Lunatic asylums in Bengal annual reports 1912-1924 - 1912-1924
Year: 1912
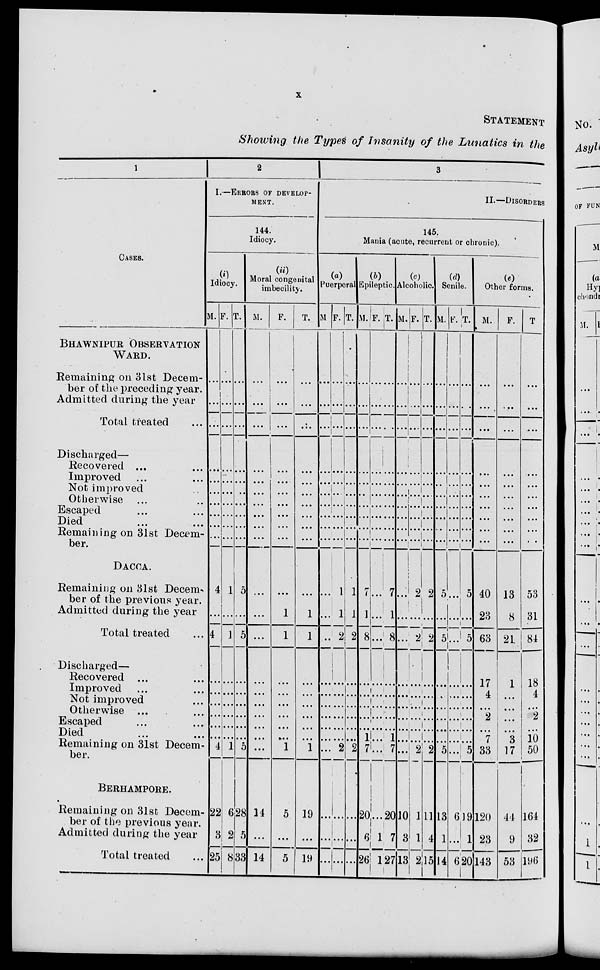
x
STATEMENT
Showing the Types of Insanity of the Lunatics in the
1
CASES.
BHAWNIPUR OBSERVATION
WARD.
Remaining on 31st Decem-
ber of the preceding year.
Admitted during the year
Total treated ...
Discharged—
Recovered ... ...
Improvement ... ...
Not improved
...
...
Otherwise ...
...
Escaped ... ...
Died ... ...
Remaining on 31st Decem-
ber.
DACCA.
Remaining on 31st Decem-
ber of the previous year.
Admitted during the year
Total treated
...
Discharged—
Recovered ... ...
Improved ... ...
Not improved ... ...
Otherwise ...
...
Escaped ... ...
Died ... ...
Remaining on 31st Decem-
ber.
BERHAMPORE.
Remaining on 31st Decem-
ber of the previous year.
Admitted during the year
Total treated ...
2
I.—ERRORS OF DEVELOP-
MENT.
144.
Idiocy.
(i)
Idiocy.
M.
...
...
...
...
...
...
...
...
...
...
4
...
4
...
...
...
...
...
...
4
22
3
25
F.
...
...
...
...
...
...
...
...
...
...
1
...
1
...
...
...
...
...
...
1
6
2
8
T.
...
...
...
...
...
...
...
...
...
...
5
...
5
...
...
...
...
...
...
5
28
5
33
(ii)
Moral congenital
imbecility.
M.
...
...
...
...
...
...
...
...
...
...
...
...
...
...
...
...
...
...
...
...
14
...
14
F.
...
...
...
...
...
...
...
...
...
...
...
1
1
...
...
...
...
...
...
1
5
...
5
T.
...
...
...
...
...
...
...
...
...
...
...
1
1
...
...
...
...
...
...
1
19
...
19
3
II.—DISORDERS
145.
Mania (acute, recurrent or chronic).
(a)
Puerperal
M.
...
...
...
...
...
...
...
...
...
...
...
...
...
...
...
...
...
...
...
...
...
...
...
F.
...
...
...
...
...
...
...
...
...
...
1
1
2
...
...
...
...
...
...
2
...
...
...
T.
...
...
...
...
...
...
...
...
...
...
1
1
2
...
...
...
...
...
...
2
...
...
...
(b)
Epileptic.
M.
...
...
...
...
...
...
...
...
...
...
7
1
8
...
...
...
...
...
1
7
20
6
26
F.
...
...
...
...
...
...
...
...
...
...
...
...
...
...
...
...
...
...
...
...
...
1
1
T.
...
...
...
...
...
...
...
...
...
...
7
1
8
...
...
...
...
...
1
7
20
7
27
(c)
Alcoholic.
M.
...
...
...
...
...
...
...
...
...
...
...
...
...
...
...
...
...
...
...
...
10
3
13
F.
...
...
...
...
...
...
...
...
...
...
2
...
2
...
...
...
...
...
...
2
1
1
2
T.
...
...
...
...
...
...
...
...
...
...
2
...
2
...
...
...
...
...
...
2
11
4
15
(d)
Senile.
M.
...
...
...
...
...
...
...
...
...
...
5
...
5
...
...
...
...
...
...
5
13
1
14
F.
...
...
...
...
...
...
...
...
...
...
...
...
...
...
...
...
...
...
...
...
6
...
6
T.
...
...
...
...
...
...
...
...
...
...
5
...
5
...
...
...
...
...
...
5
19
1
20
(e)
Other forms.
M.
...
...
...
...
...
...
...
...
...
...
40
23
63
17
4
...
2
...
7
33
120
23
143
F.
...
...
...
...
...
...
...
...
...
...
13
8
21
1
...
...
...
...
3
17
44
9
53
T.
...
...
...
...
...
...
...
...
...
...
53
31
84
18
4
...
2
...
10
50
164
32
196